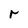
Character: r